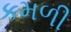
કમળી